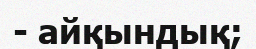
- айқындық;